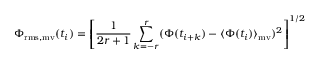
\Phi _ { \mathrm { r m s , m v } } ( t _ { i } ) = \left[ \frac { 1 } { 2 r + 1 } \sum _ { k = - r } ^ { r } ( \Phi ( t _ { i + k } ) - \ensuremath { \langle \Phi ( t _ { i } ) \rangle } _ { \mathrm { m v } } ) ^ { 2 } \right] ^ { 1 / 2 }